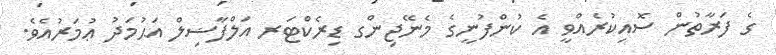
ގެ ފަރާތުން ސޮއިކުރެއްވީ އެ ކުންފުނީގެ މެނޭޖިންގ ޑިރެކްޓަރ އަލްފާޟިލް އަޙުމަދު ޢުމަރުއެވެ.